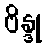
ဗိန္ဒု